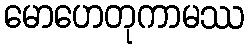
မောဟေတုကာမဿ